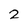
Character: 2